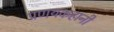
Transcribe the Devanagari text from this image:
प्रणयकहानी